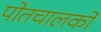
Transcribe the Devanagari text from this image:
पोतचालकों